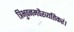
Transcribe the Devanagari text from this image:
त्रिभुवनमवैरव्यतिकरं।